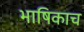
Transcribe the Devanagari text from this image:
भाषिकाच